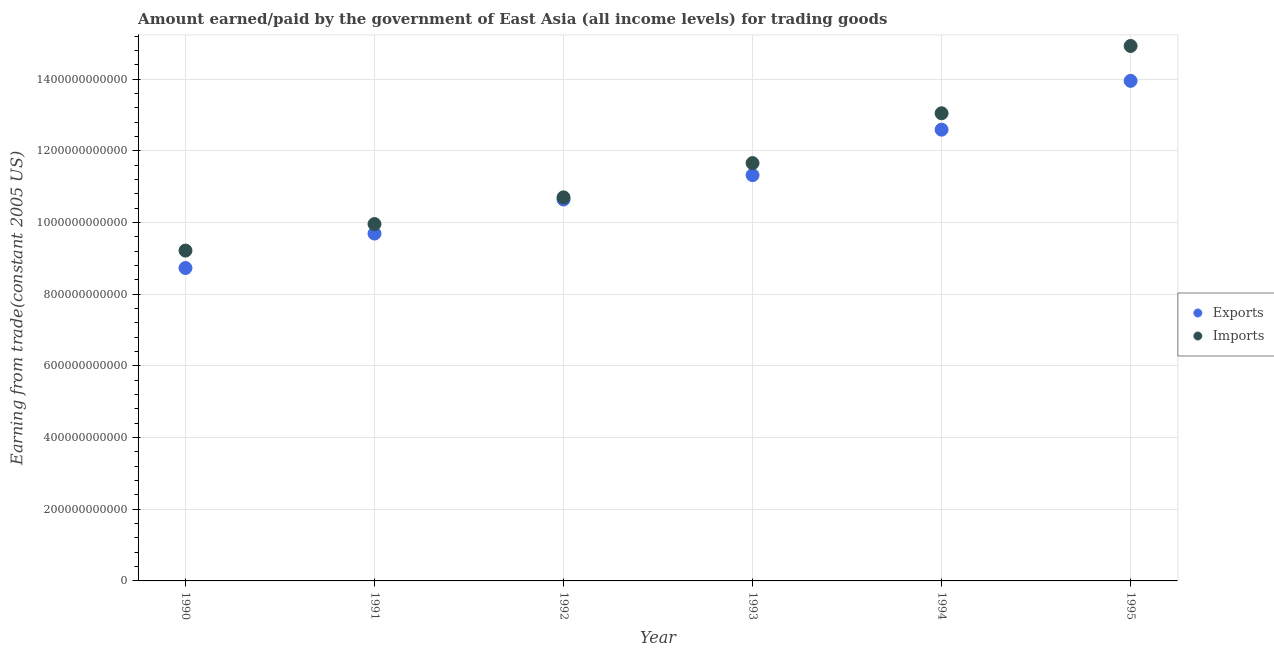
| Year | Exports | Imports |
 | --- | --- | --- |
 | 1990 | 8.73e+11 | 9.22e+11 |
 | 1991 | 9.69e+11 | 9.96e+11 |
 | 1992 | 1.06e+12 | 1.07e+12 |
 | 1993 | 1.13e+12 | 1.17e+12 |
 | 1994 | 1.26e+12 | 1.3e+12 |
 | 1995 | 1.4e+12 | 1.49e+12 |